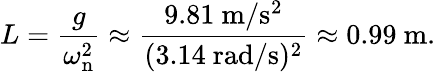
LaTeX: L={\frac{g}{\omega_{\mathrm{n}}^{2}}}\approx{\frac{9.81\ \mathrm{m/s^{2}}}{(3.14\ \mathrm{rad/s})^{2}}}\approx 0.99\ \mathrm{m}.